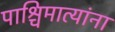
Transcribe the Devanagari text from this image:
पाश्चिमात्यांना